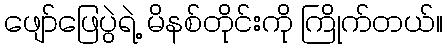
ဖျော်ဖြေပွဲရဲ့ မိနစ်တိုင်းကို ကြိုက်တယ်။